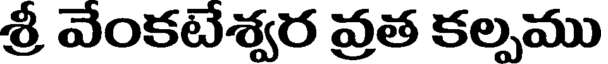
శ్రీ వేంకటేశ్వర వ్రత కల్పము